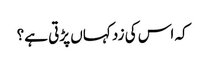
کہ اس کی زد کہاں پڑتی ہے؟